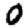
Digit: 0